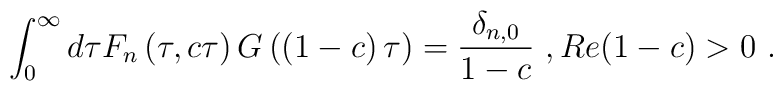
\int^\infty_0d\tau F_n\left(\tau,c\tau\right) G\left(\left(1-c\right)\tau\right)={\delta_{n,0}\over 1-c}\ ,Re(1-c)>0\ .